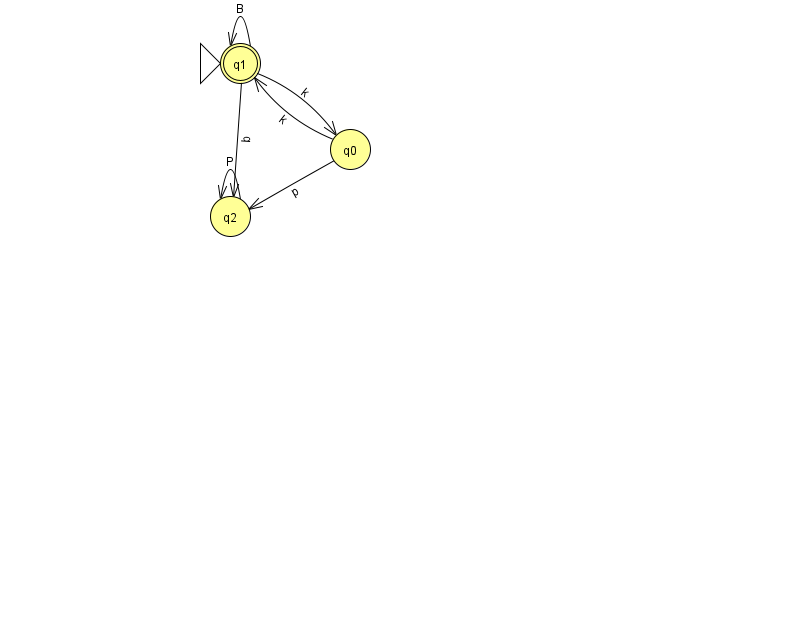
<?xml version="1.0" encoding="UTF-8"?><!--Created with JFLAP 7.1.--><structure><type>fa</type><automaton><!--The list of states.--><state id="0" name="q0"><x>350.0</x><y>136.0</y></state><state id="1" name="q1"><x>240.0</x><y>50.0</y><initial/><final/></state><state id="2" name="q2"><x>230.0</x><y>203.0</y></state><!--The list of transitions.--><transition><from>2</from><to>2</to><read>P</read></transition><transition><from>1</from><to>1</to><read>B</read></transition><transition><from>0</from><to>1</to><read>k</read></transition><transition><from>1</from><to>0</to><read>k</read></transition><transition><from>0</from><to>2</to><read>p</read></transition><transition><from>1</from><to>2</to><read>b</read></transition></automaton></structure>